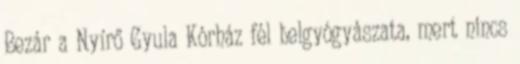
Bezár a Nyírő Gyula Kórház fél belgyógyászata, mert nincs